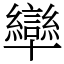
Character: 卛